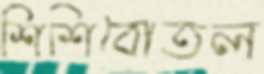
শিশিবোতল